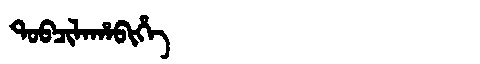
Manchu: ᡨᠣᠪᠴᡳᠯᠠᡥᠠᠪᡳᡥᡝ
Romanization: TOBCILAHABIHE